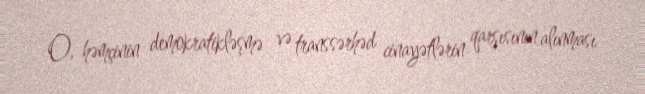
O, həmçinin demokratikləşmə və transsərhəd cinayətlərin qarşısının alınması